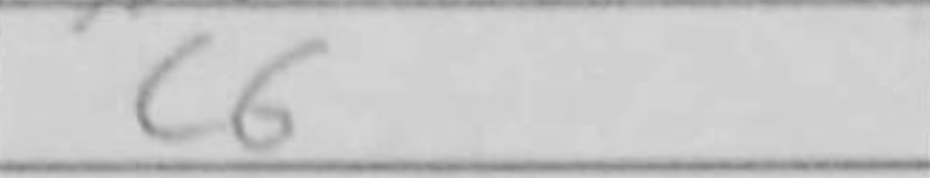
Transcription: Nf6